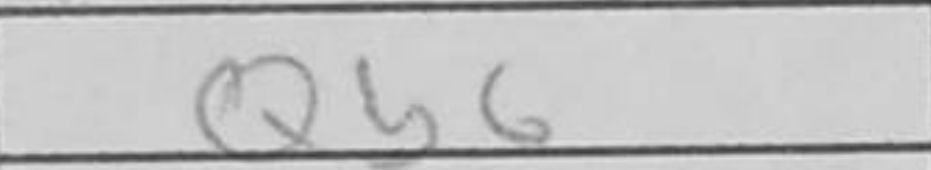
Transcription: Qb6